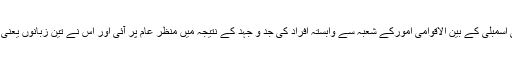
یہ سائٹ۱۴ مارچ ۲۰۰۵ میں اہل بیت (ع)عالمی اسمبلی کے بین الاقوامی امورکے شعبہ سے وابستہ افراد کی جد و جہد کے نتیجہ میں منظر عام پر آئی اور اس نے تین زبانوں یعنی فارسی،عربی اور انگلش میں اپنا کام شروع کیا۔